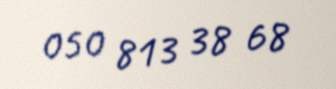
050 813 38 68